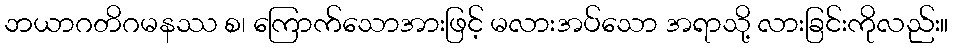
ဘယာဂတိဂမနဿ စ၊ ကြောက်သောအားဖြင့် မလားအပ်သော အရာသို့ လားခြင်းကိုလည်း။